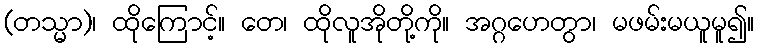
(တသ္မာ)၊ ထိုကြောင့်။ တေ၊ ထိုလူအိုတို့ကို။ အဂ္ဂဟေတွာ၊ မဖမ်းမယူမူ၍။